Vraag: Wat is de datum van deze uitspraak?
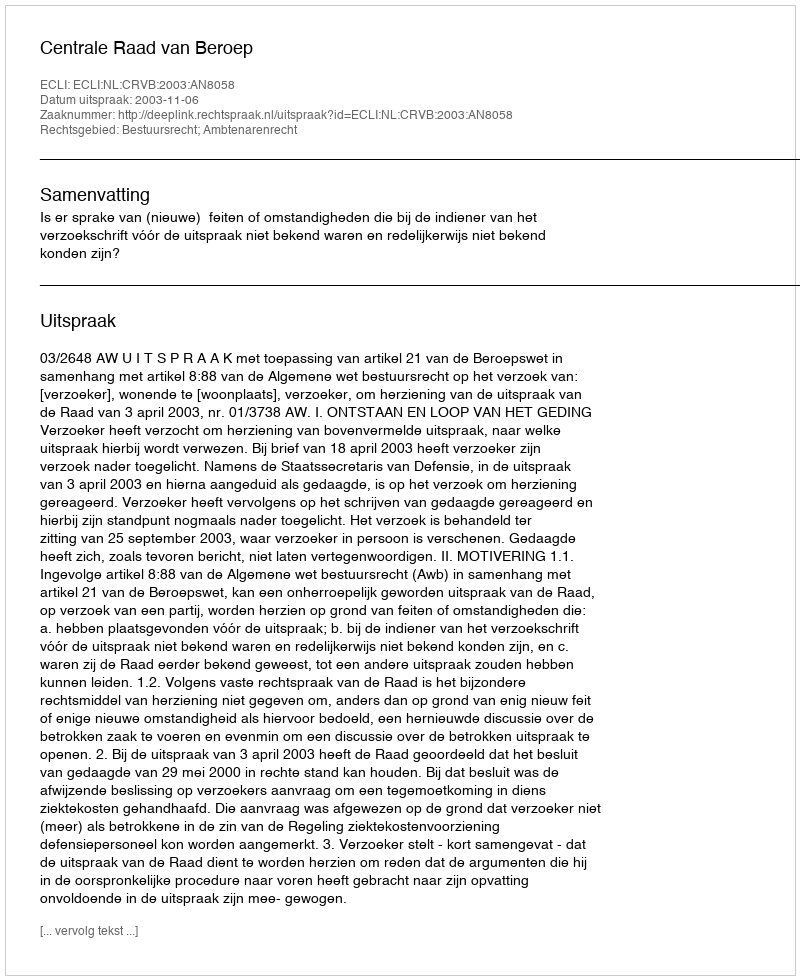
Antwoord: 2003-11-06